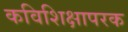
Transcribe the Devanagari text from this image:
कविशिक्षापरक